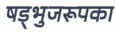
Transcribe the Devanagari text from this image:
षड्भुजरूपका